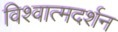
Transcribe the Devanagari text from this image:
विश्वात्मदर्शन